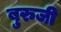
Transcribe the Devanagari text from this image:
बुरुजी